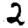
Digit: 2